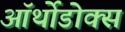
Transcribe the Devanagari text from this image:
ऑर्थोडोक्स